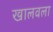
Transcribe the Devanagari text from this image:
खालवला